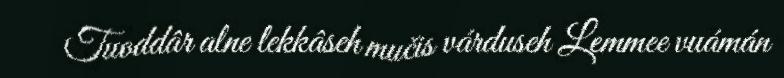
Tuoddâr alne lekkâseh mučis várduseh Lemmee vuámán